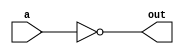
module not_gate(
    input wire a,
    output reg out
);

always @(a)
    out = ~a;

endmodule